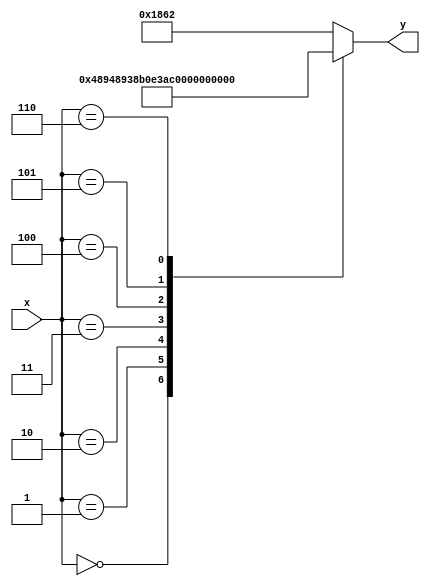
module decoderLavagem(x,y);

	input [0:2] x;
	output [0:13] y;
	reg [0:13] SeteSegmentos;

	always @(*)
		case(x)
		  3'b000: SeteSegmentos = 14'b00010010001001;
        3'b001: SeteSegmentos = 14'b01001000100100;
        3'b010: SeteSegmentos = 14'b11100010110000;
        3'b011: SeteSegmentos = 14'b11100011101010;
        3'b100: SeteSegmentos = 14'b11100010011000;
        3'b101: SeteSegmentos = 14'b01100001001111;
        3'b110: SeteSegmentos = 14'b01100000010010;
		  default: SeteSegmentos = 14'b01100001100010;
		endcase
		
	assign y = SeteSegmentos;	
endmodule